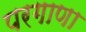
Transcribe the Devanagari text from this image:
परगाणा